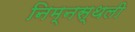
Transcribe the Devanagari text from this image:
निम्नस्थली